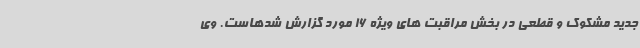
جدید مشکوک و قطعی در بخش مراقبت های ویژه 16 مورد گزارش شدهاست. وی